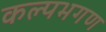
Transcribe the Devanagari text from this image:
कल्पभगण